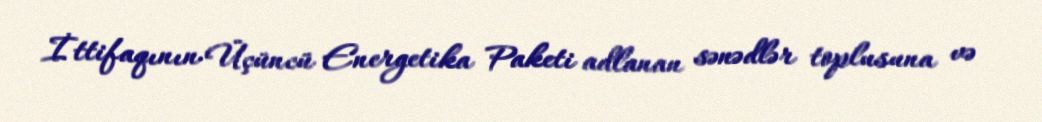
İttifaqının Üçüncü Energetika Paketi adlanan sənədlər toplusuna və